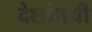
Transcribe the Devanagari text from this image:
देशांमधी